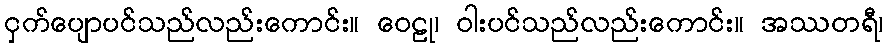
ငှက်ပျောပင်သည်လည်းကောင်း။ ဝေဠု၊ ဝါးပင်သည်လည်းကောင်း။ အဿတရီ၊